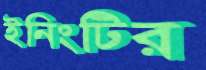
ইনিংটির